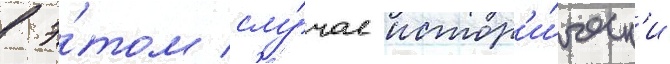
в э́том слу́чае истор'и́ческ'и